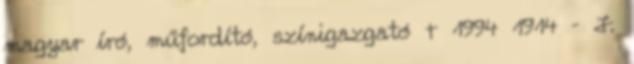
magyar író, műfordító, színigazgató † 1994 1914 – J.